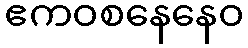
ဧကဝစနေနေဝ